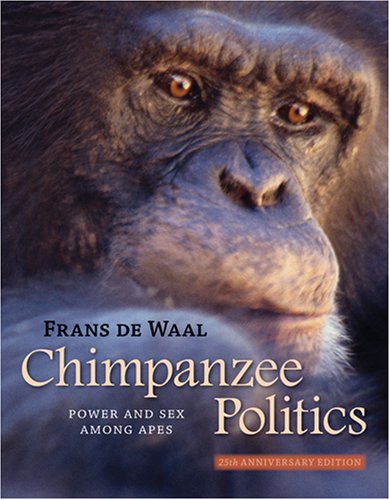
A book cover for Chimpanzee Politics: Power and Sex among Apes; Frans de Waal; Politics & Social Sciences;